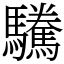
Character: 驣